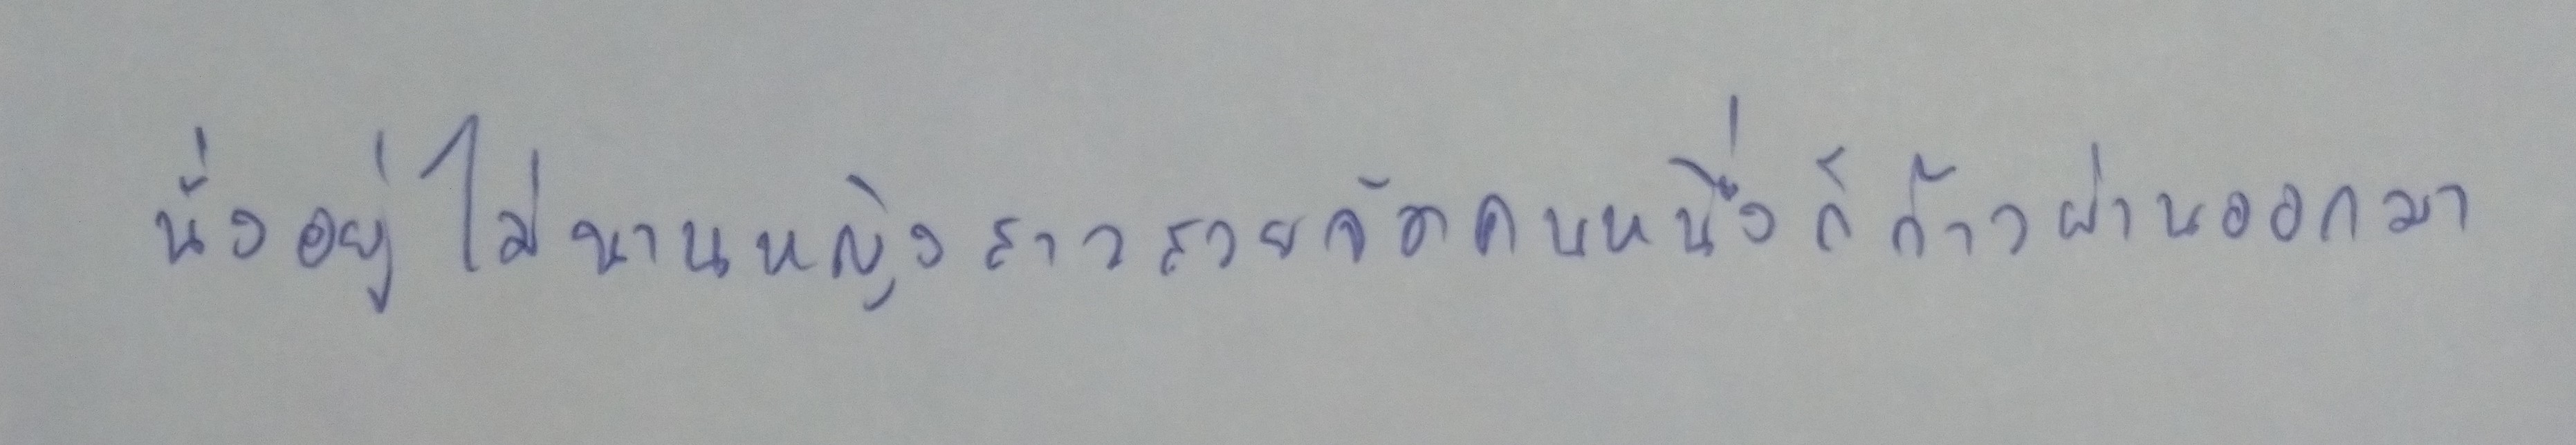
นั่งอยู่ไม่นานหญิงสาวสวยจัดคนหนึ่งก็ก้าวผ่านออกมา